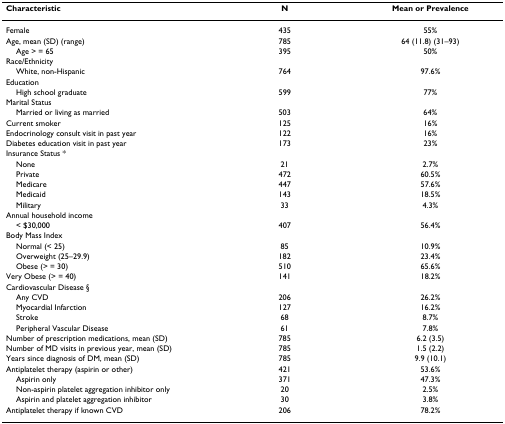
<table><thead><tr><td><b>Characteristic</b></td><td><b>N</b></td><td><b>Mean or Prevalence</b></td></tr></thead><tbody><tr><td>Female</td><td>435</td><td>55%</td></tr><tr><td>Age, mean (SD) (range)</td><td>785</td><td>64 (11.8) (31–93)</td></tr><tr><td> Age &gt; = 65</td><td>395</td><td>50%</td></tr><tr><td>Race/Ethnicity</td><td>[EMPTY_CELL]</td><td>[EMPTY_CELL]</td></tr><tr><td> White, non-Hispanic</td><td>764</td><td>97.6%</td></tr><tr><td>Education</td><td>[EMPTY_CELL]</td><td>[EMPTY_CELL]</td></tr><tr><td> High school graduate</td><td>599</td><td>77%</td></tr><tr><td>Marital Status</td><td>[EMPTY_CELL]</td><td>[EMPTY_CELL]</td></tr><tr><td> Married or living as married</td><td>503</td><td>64%</td></tr><tr><td>Current smoker</td><td>125</td><td>16%</td></tr><tr><td>Endocrinology consult visit in past year</td><td>122</td><td>16%</td></tr><tr><td>Diabetes education visit in past year</td><td>173</td><td>23%</td></tr><tr><td>Insurance Status *</td><td>[EMPTY_CELL]</td><td>[EMPTY_CELL]</td></tr><tr><td> None</td><td>21</td><td>2.7%</td></tr><tr><td> Private</td><td>472</td><td>60.5%</td></tr><tr><td> Medicare</td><td>447</td><td>57.6%</td></tr><tr><td> Medicaid</td><td>143</td><td>18.5%</td></tr><tr><td> Military</td><td>33</td><td>4.3%</td></tr><tr><td>Annual household income</td><td>[EMPTY_CELL]</td><td>[EMPTY_CELL]</td></tr><tr><td> &lt; $30,000</td><td>407</td><td>56.4%</td></tr><tr><td>Body Mass Index</td><td>[EMPTY_CELL]</td><td>[EMPTY_CELL]</td></tr><tr><td> Normal (&lt; 25)</td><td>85</td><td>10.9%</td></tr><tr><td> Overweight (25–29.9)</td><td>182</td><td>23.4%</td></tr><tr><td> Obese (&gt; = 30)</td><td>510</td><td>65.6%</td></tr><tr><td>Very Obese (&gt; = 40)</td><td>141</td><td>18.2%</td></tr><tr><td>Cardiovascular Disease §</td><td>[EMPTY_CELL]</td><td>[EMPTY_CELL]</td></tr><tr><td> Any CVD</td><td>206</td><td>26.2%</td></tr><tr><td> Myocardial Infarction</td><td>127</td><td>16.2%</td></tr><tr><td> Stroke</td><td>68</td><td>8.7%</td></tr><tr><td> Peripheral Vascular Disease</td><td>61</td><td>7.8%</td></tr><tr><td>Number of prescription medications, mean (SD)</td><td>785</td><td>6.2 (3.5)</td></tr><tr><td>Number of MD visits in previous year, mean (SD)</td><td>785</td><td>1.5 (2.2)</td></tr><tr><td>Years since diagnosis of DM, mean (SD)</td><td>785</td><td>9.9 (10.1)</td></tr><tr><td>Antiplatelet therapy (aspirin or other)</td><td>421</td><td>53.6%</td></tr><tr><td> Aspirin only</td><td>371</td><td>47.3%</td></tr><tr><td> Non-aspirin platelet aggregation inhibitor only</td><td>20</td><td>2.5%</td></tr><tr><td> Aspirin and platelet aggregation inhibitor</td><td>30</td><td>3.8%</td></tr><tr><td>Antiplatelet therapy if known CVD</td><td>206</td><td>78.2%</td></tr></tbody></table>